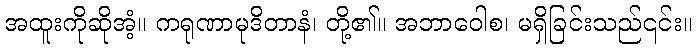
အထူးကိုဆိုအံ့။ ကရုဏာမုဒိတာနံ၊ တို့၏။ အဘာဝေါစ၊ မရှိခြင်းသည်၎င်း။